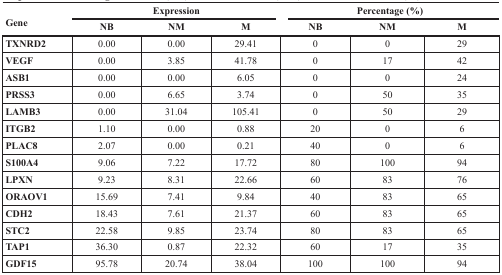
| <ROWSPAN=2> Gene | <COLSPAN=3> Expression | <COLSPAN=3> Percentage (%) |
 | NB | NM | M | NB | NM | M |
 | --- | --- | --- | --- | --- | --- | --- |
 | TXNRD2 | 0.00 | 0.00 | 29.41 | 0 | 0 | 29 |
 | VEGF | 0.00 | 3.85 | 41.78 | 0 | 17 | 42 |
 | ASB1 | 0.00 | 0.00 | 6.05 | 0 | 0 | 24 |
 | PRSS3 | 0.00 | 6.65 | 3.74 | 0 | 50 | 35 |
 | LAMB3 | 0.00 | 31.04 | 105.41 | 0 | 50 | 29 |
 | ITGB2 | 1.10 | 0.00 | 0.88 | 20 | 0 | 6 |
 | PLAC8 | 2.07 | 0.00 | 0.21 | 40 | 0 | 6 |
 | S100A4 | 9.06 | 7.22 | 17.72 | 80 | 100 | 94 |
 | LPXN | 9.23 | 8.31 | 22.66 | 60 | 83 | 76 |
 | ORAOV1 | 15.69 | 7.41 | 9.84 | 40 | 83 | 65 |
 | CDH2 | 18.43 | 7.61 | 21.37 | 60 | 83 | 65 |
 | STC2 | 22.58 | 9.85 | 23.74 | 80 | 83 | 65 |
 | TAP1 | 36.30 | 0.87 | 22.32 | 60 | 17 | 35 |
 | GDF15 | 95.78 | 20.74 | 38.04 | 100 | 100 | 94 |